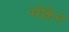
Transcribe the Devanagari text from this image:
मोंकेन